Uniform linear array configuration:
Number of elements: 24
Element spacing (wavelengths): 0.75
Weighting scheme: exponential
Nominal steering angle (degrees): -15
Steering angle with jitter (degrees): -14.398
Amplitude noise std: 0.05
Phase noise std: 0.05

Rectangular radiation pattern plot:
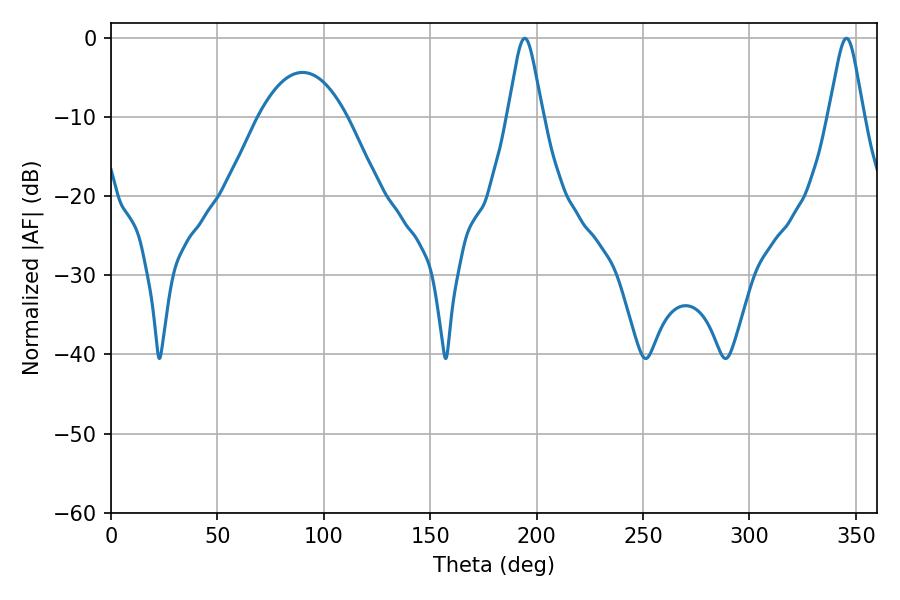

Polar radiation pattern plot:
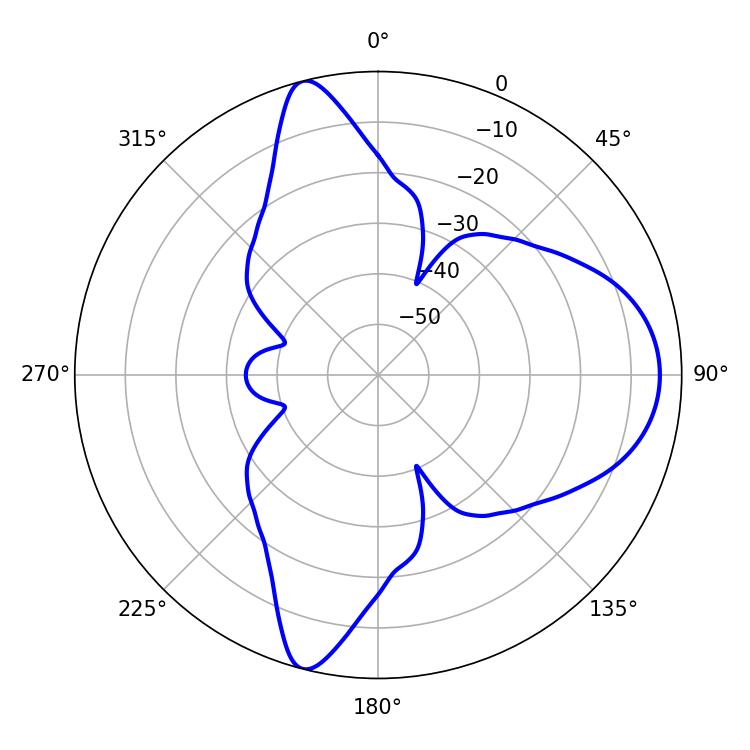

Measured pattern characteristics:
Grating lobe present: TRUE
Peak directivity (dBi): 12.054
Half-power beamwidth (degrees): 7.74
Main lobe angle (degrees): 194.4